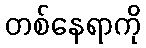
တစ်နေရာကို